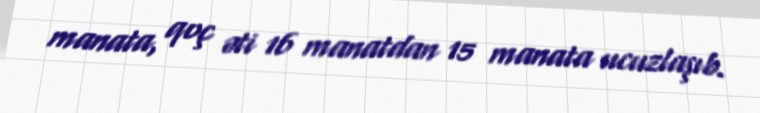
manata, qoç əti 16 manatdan 15 manata ucuzlaşıb.